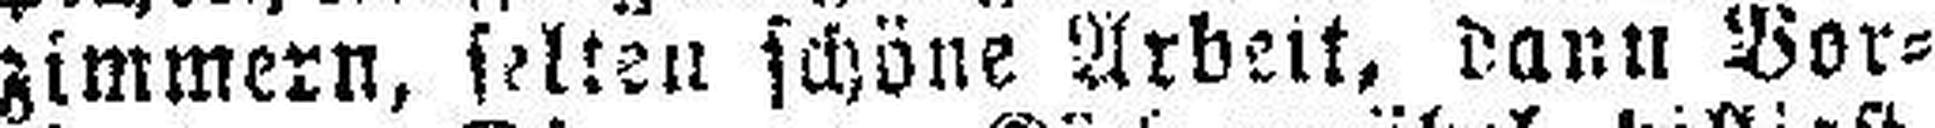
zimmern, selten schöne Arbeit, dann Vor¬